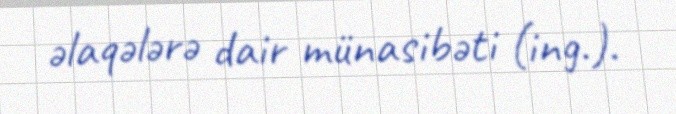
əlaqələrə dair münasibəti (ing.).